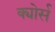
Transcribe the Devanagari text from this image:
क्योर्स